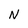
Character: N